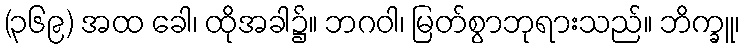
(၃၆၉) အထ ခေါ၊ ထိုအခါ၌။ ဘဂဝါ၊ မြတ်စွာဘုရားသည်။ ဘိက္ခူ၊